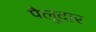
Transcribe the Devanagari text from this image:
पैलूदार